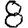
Digit: 8